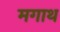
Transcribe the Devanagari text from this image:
मगाथ